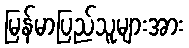
မြန်မာပြည်သူများအား